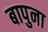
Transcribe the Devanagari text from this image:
बापुना